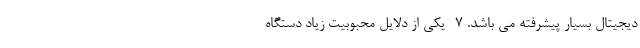
دیجیتال بسیار پیشرفته می باشد. 7- یکی از دلایل محبوبیت زیاد دستگاه